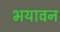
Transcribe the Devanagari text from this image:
भयावन